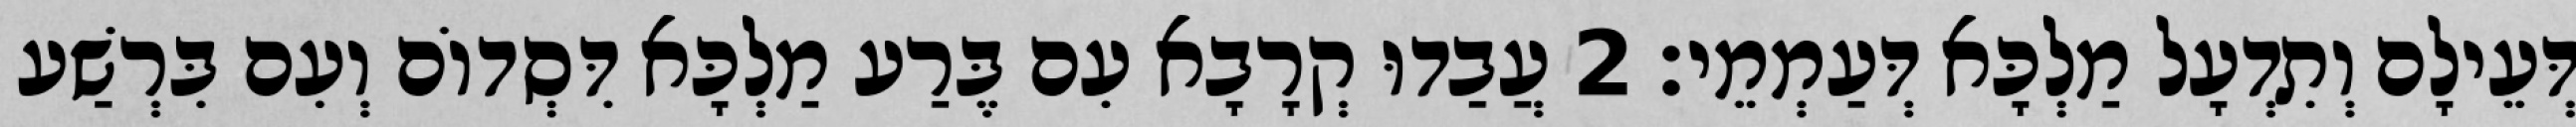
דְּעֵילָם וְתִדְעָל מַלְכָּא דְּעַמְמֵי׃ 2 עֲבַדוּ קְרָבָא עִם בֶּרַע מַלְכָּא דִּסְדוֹם וְעִם בִּרְשַׁע